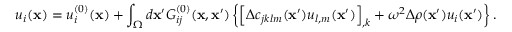
u _ { i } ( { \bf x } ) = u _ { i } ^ { ( 0 ) } ( { \bf x } ) + \int _ { \Omega } d { \bf x } ^ { \prime } G _ { i j } ^ { ( 0 ) } ( { \bf x } , { \bf x } ^ { \prime } ) \left\{ \left[ \Delta c _ { j k l m } ( { \bf x } ^ { \prime } ) u _ { l , m } ( { \bf x } ^ { \prime } ) \right] _ { , k } + \omega ^ { 2 } \Delta \rho ( { \bf x } ^ { \prime } ) u _ { i } ( { \bf x } ^ { \prime } ) \right\} .